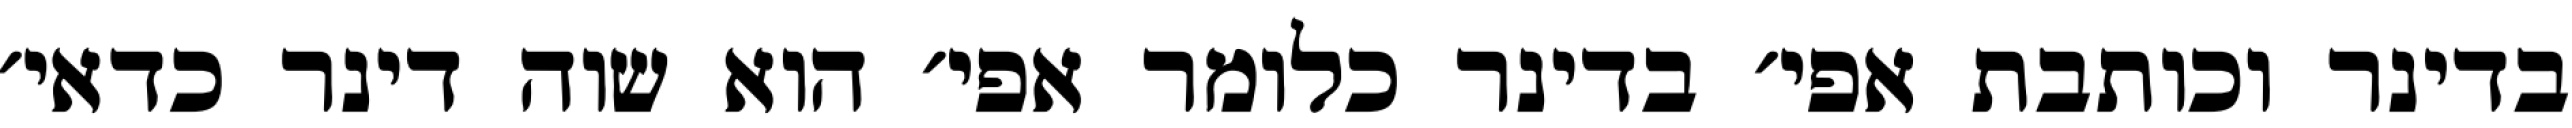
בדינר וכותבת אפי׳ בדינר כלומר אפי׳ הוא שוה דינר כדאי׳